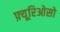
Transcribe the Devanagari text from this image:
फ़्यूरिओसो